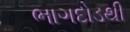
ભાગદોડથી